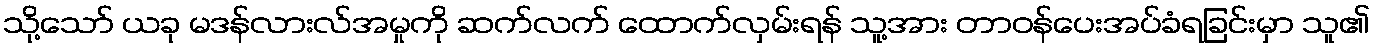
သို့သော် ယခု မဒန်လားလ်အမှုကို ဆက်လက် ထောက်လှမ်းရန် သူ့အား တာဝန်ပေးအပ်ခံရခြင်းမှာ သူ၏